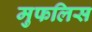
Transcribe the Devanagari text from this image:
मुफलिस